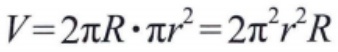
\(V = 2\pi R\cdot \pi r^{2}=2\pi^{2}r^{2}R\)